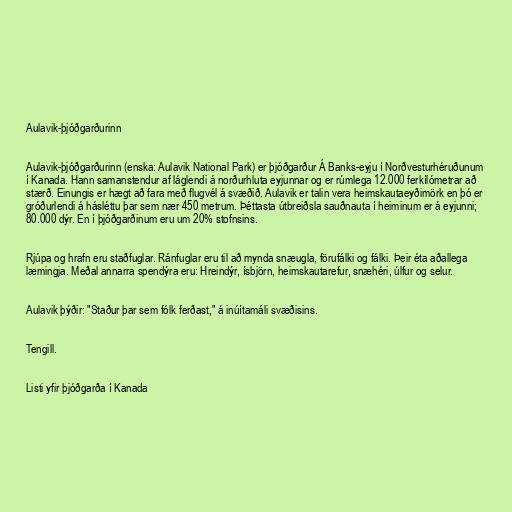
Aulavik-þjóðgarðurinn

Aulavik-þjóðgarðurinn (enska: Aulavik National Park) er þjóðgarður Á Banks-eyju í Norðvesturhéruðunum
í Kanada. Hann samanstendur af láglendi á norðurhluta eyjunnar og er rúmlega 12.000 ferkílómetrar að
stærð. Einungis er hægt að fara með flugvél á svæðið. Aulavik er talin vera heimskautaeyðimörk en þó er
gróðurlendi á hásléttu þar sem nær 450 metrum. Þéttasta útbreiðsla sauðnauta í heiminum er á eyjunni;
80.000 dýr. En í þjóðgarðinum eru um 20% stofnsins.

Rjúpa og hrafn eru staðfuglar. Ránfuglar eru til að mynda snæugla, förufálki og fálki. Þeir éta aðallega
læmingja. Meðal annarra spendýra eru: Hreindýr, ísbjörn, heimskautarefur, snæhéri, úlfur og selur.

Aulavik þýðir: "Staður þar sem fólk ferðast," á inúítamáli svæðisins.

Tengill.

Listi yfir þjóðgarða í Kanada